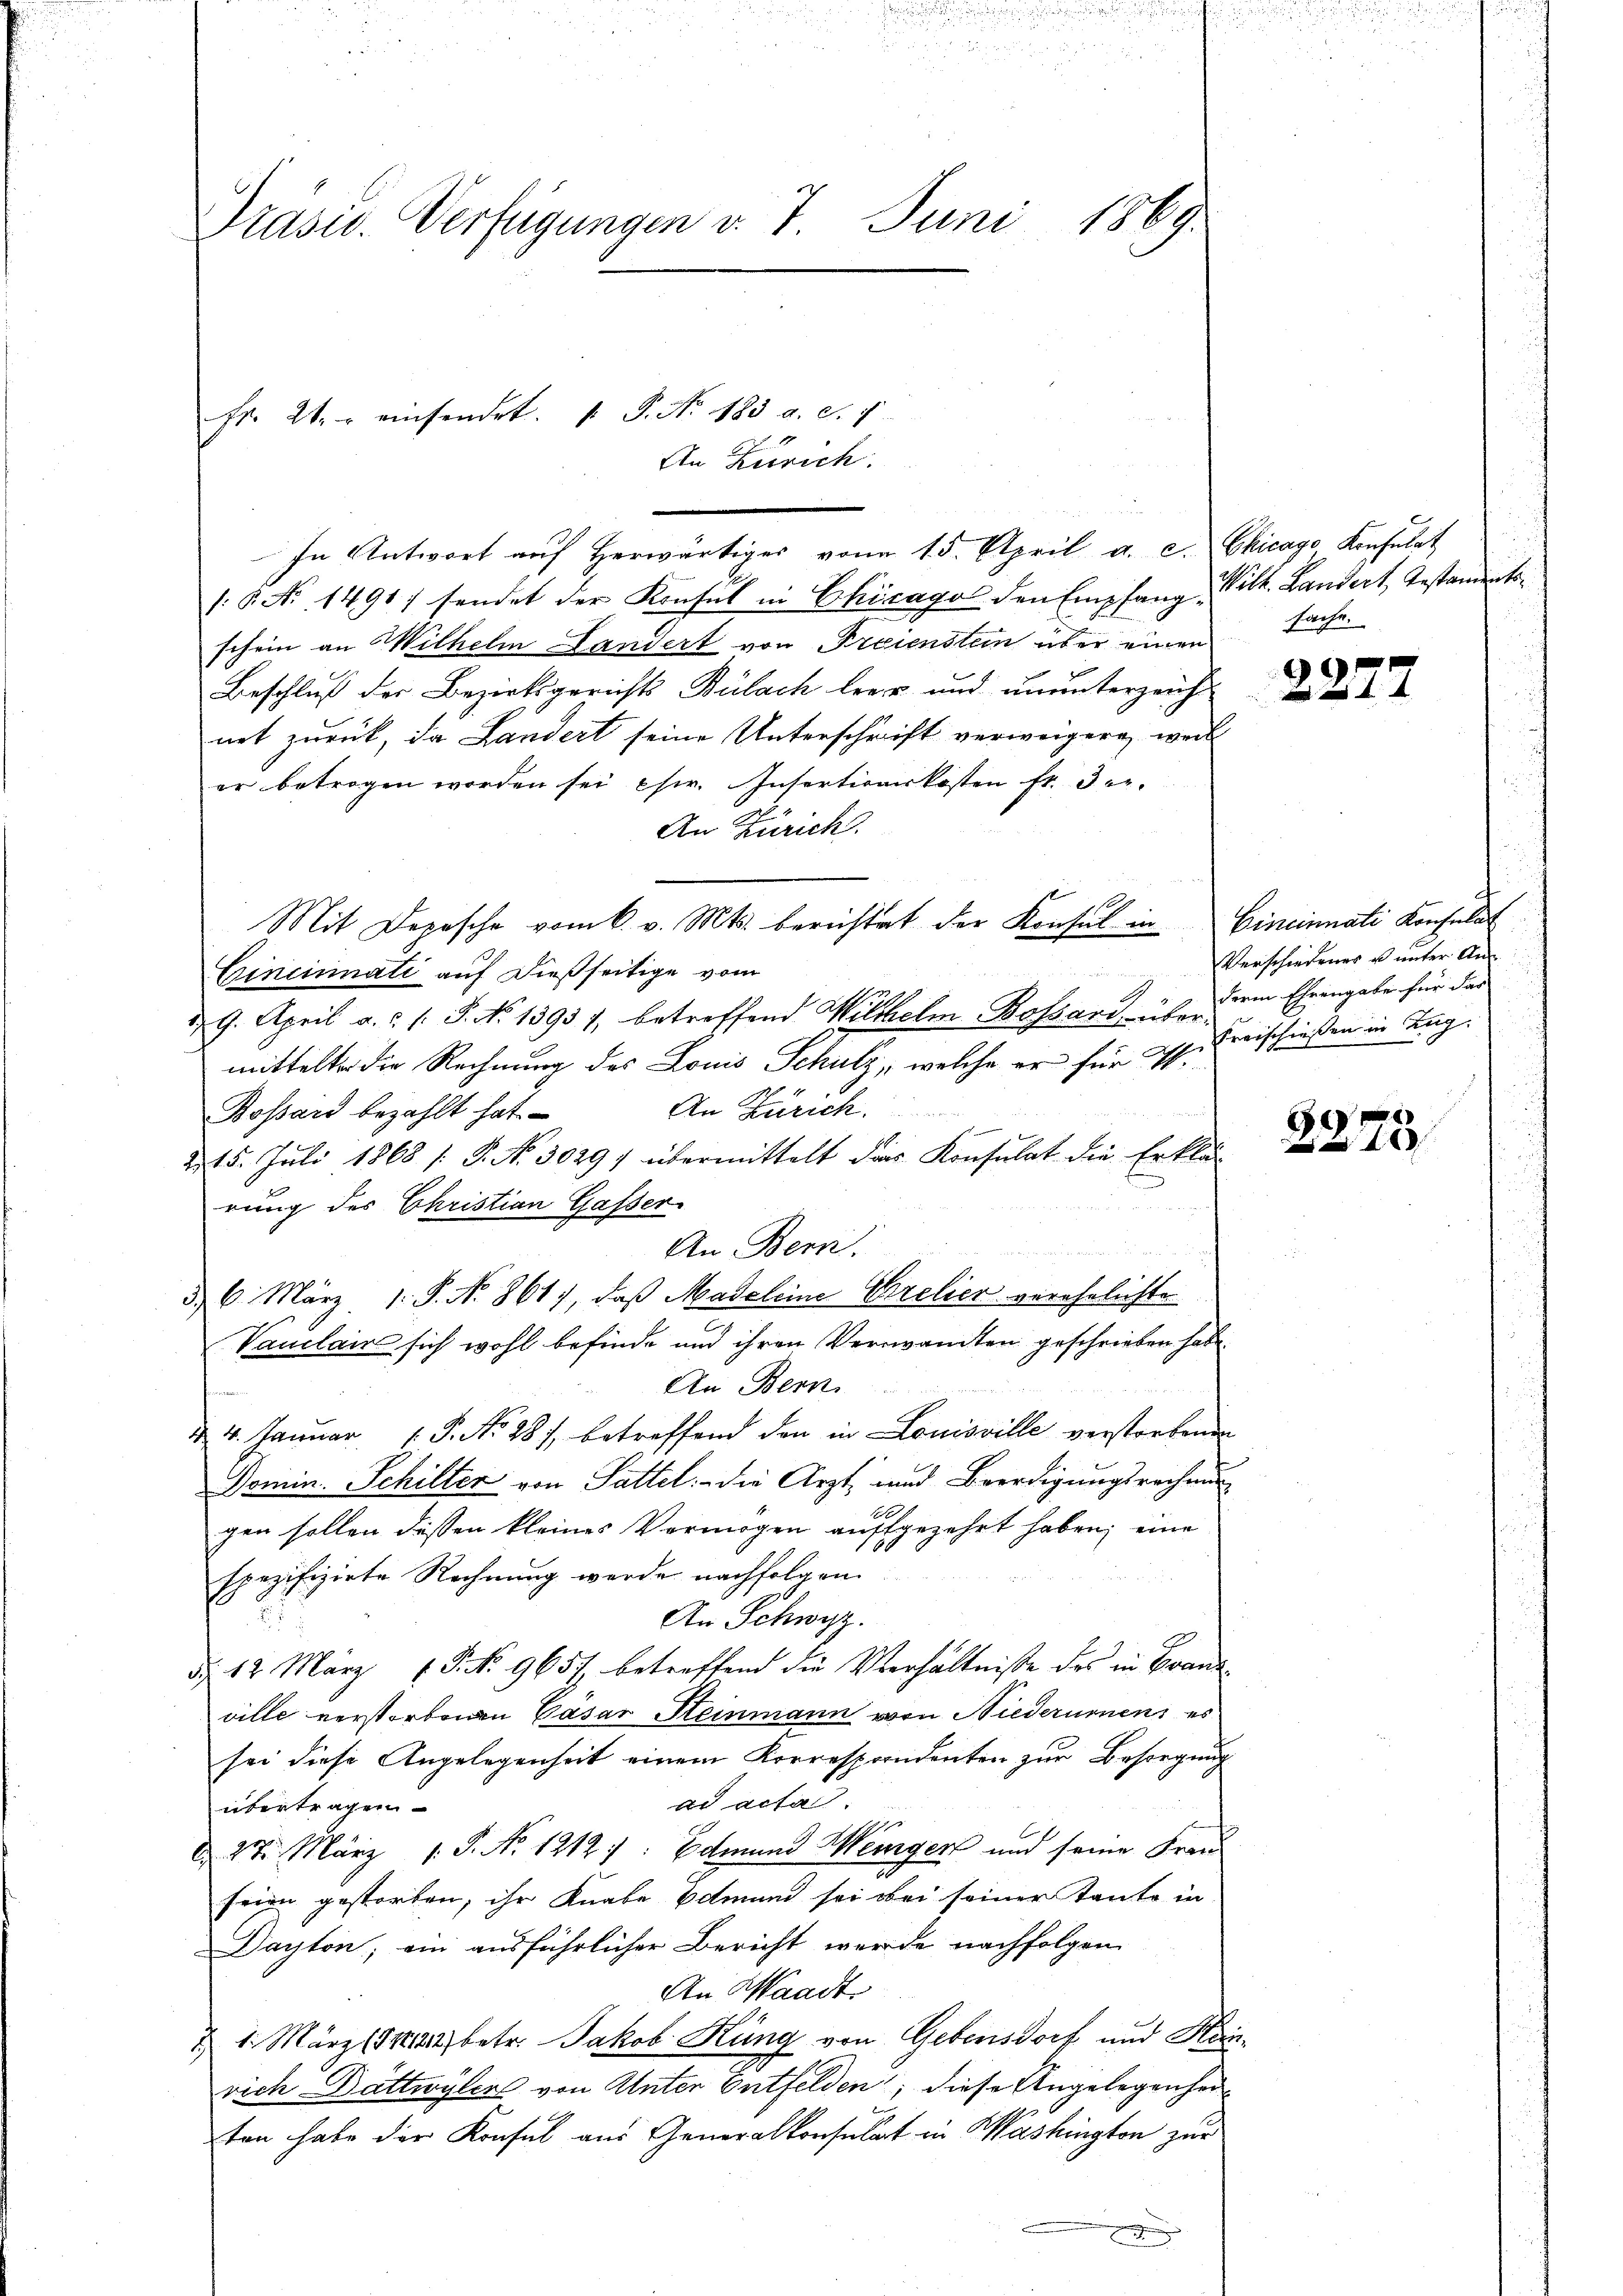
Präser-Verfügungen v. 7. Juni 1869

An Zürich:
/: No 1491) sendet der Konsul in Chicago den Empfang Wilh. Landert, Testamentsschein an Wilhelm Landert von Freienstein über einen
Beschluß der Bezirksgerichts Bülach leer und ununterzeicht
not zurück, da Landert seine Unterschrift verweigern, weil
er betragen worden sei chw. Insertionskosten fr. der
An Zürich.
Mit Depesche vom 6. v. Mts. berestat der Konsul in Cincinnati Konsulat
.
Cincinati auf dießseitige vom
9. April a.c. s. S. No 13937, betreffend Wilhelm Bossari, über dem Ehrengabe für das
mittelte die Rechnung des Louis Schulz, welche er für M.
An Zürich.
Bossard bezahlt hat.
215. Jŭli 1868 /: P. No. 30291 übermittelt das Konsulat die Erklär-
rung des Christian Gasser
An Bern.
d. 6. März 1. P. N. 861), daß Madeleine Grelier verehelichte
Vauclair sich wohl befinde und ihren Versamten geschrieben habe.
An Bern
& 4. Januar 1. P. No. 281, betreffend den in Louisville verstorbenen
Domin. Schilter von Sattel: die Arzt, und Beerdigungsrechnung
d
gen sollen dessen kleines Vermögen aufgezehrt haben; eine
spezifizirte Rechnung werde nachfolgen.
An Schwyz.
E
dd 12. März 1. No. 9651 betreffend die Verhältniße des in Brandville verstorbenen Cäsar Steinmann von Niederurnen, es
sei diese Angelegenheit einem Korrespondenten zur Besorgung
ad acta.
übertragen
1
 27. März 1. P. No 1212 f: Edmund Wenigen und seine Frau
seien gestorben, ihr Knabe Botmund sei bei seiner Tante in
Dayton; ein ausführlicher Bericht werde nachfolgen
An Waadt
21. März 1844 betr. Jakob Küng von Gebensdorf und Heinrich Dattwyler von Unter Entfelden; diese Angelegenheiton habe der Konfel aus Generalkonsulat in Washington zur

Fr. 21. einsendet. P. Nr. 183. a. c. 7

In Antwort auf herwärtiges von 15. April a. c. Chicago Konsulat

sache.

2277

Verschiedener u unter An¬
Freischießen in Aug.

0
x